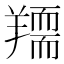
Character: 𦏌